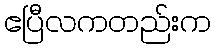
ဧပြီလကတည်းက